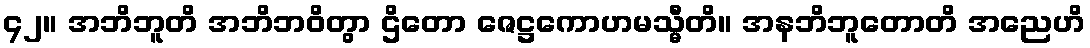
၄၂။ အဘိဘူတိ အဘိဘဝိတွာ ဌိတော ဇေဋ္ဌကောဟမသ္မီတိ။ အနဘိဘူတောတိ အညေဟိ